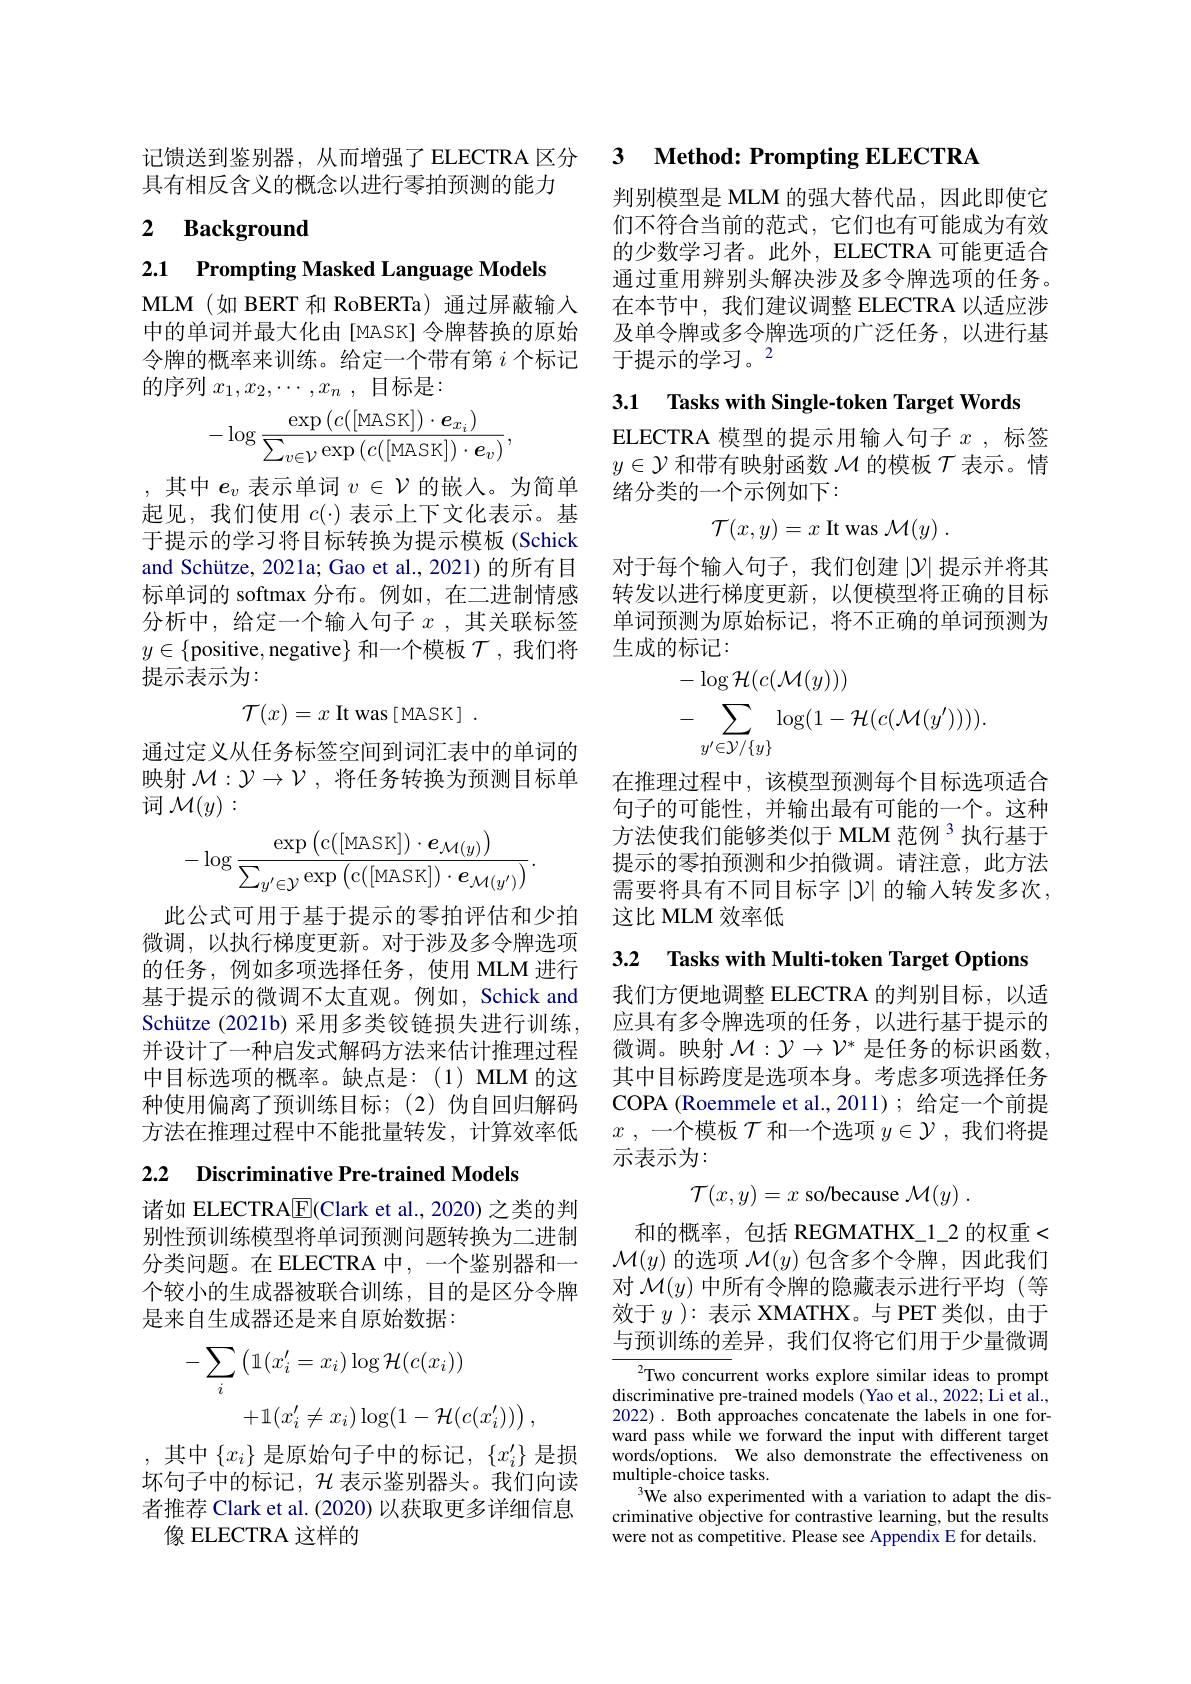
具有相反含义的概念以进行零拍预测的能力

## 2 $\textbf{Background}$

2.1 Prompting Masked Language Models

MLM(如 BERT 和 RoBERTa) 通过屏蔽输入中的单词并最大化由[MASK]令牌替换的原始令牌的概率来训练。给定一个带有第$i$个标记的序列$x_1,x_2,\cdots,x_n$ ,目标是：
$$-\log\frac{\exp\left(c([\text{MASK}])\cdot e_{x_i}\right)}{\sum_{v\in\mathcal{V}}\exp\left(c([\text{MASK}])\cdot e_v\right)},$$
,其中$e_v$表示单词$v\in\mathcal{V}$的嵌入。为简单起见，我们使用$c(\cdot)$表示上下文化表示。基于提示的学习将目标转换为提示模板(Schick and Schütze, 2021a; Gao et al., 2021) 的所有目标单词的 softmax 分布。例如，在二进制情感分析中，给定一个输入句子$x$ ,其关联标签$y\in\{$positive, negative$\}$和一个模板$\mathcal{T}$,我们将提示表示为：
$$\mathcal{T}(x)=x\text{It was}\left[\text{MASK}\right]\:.$$
通过定义从任务标签空间到词汇表中的单词的映射$\mathcal{M}:\mathcal{Y}\to\mathcal{V}$,将任务转换为预测目标单词$\mathcal{M}(y):$
$$-\log\frac{\exp\left(\mathrm{c}([\mathrm{MASK}])\cdot e_{\mathcal{M}(y)}\right)}{\sum_{y'\in\mathcal{Y}}\exp\left(\mathrm{c}([\mathrm{MASK}])\cdot e_{\mathcal{M}(y')}\right)}.$$
此公式可用于基于提示的零拍评估和少拍微调，以执行梯度更新。对于涉及多令牌选项的任务，例如多项选择任务，使用 MLM 进行基于提示的微调不太直观。例如，Schick and Schütze (2021b) 采用多类铰链损失进行训练， 并设计了一种启发式解码方法来估计推理过程中目标选项的概率。缺点是：(1)MLM 的这种使用偏离了预训练目标；(2)伪自回归解码方法在推理过程中不能批量转发，计算效率低

2.2 Discriminative Pre-trained Models

诸如 ELECTRA$\underline{\mathbb{E}}($Clark et al., 2020) 之类的判别性预训练模型将单词预测问题转换为二进制分类问题。在 ELECTRA 中，一个鉴别器和一个较小的生成器被联合训练，目的是区分令牌是来自生成器还是来自原始数据：
$$\begin{aligned}-\sum_{i}\left(\mathbb{1}(x_{i}^{\prime}=x_{i})\log\mathcal{H}(c(x_{i}))\right)\\&+\mathbb{1}(x_{i}^{\prime}\neq x_{i})\log(1-\mathcal{H}(c(x_{i}^{\prime})))\:,\end{aligned}$$
,其中$\{x_i\}$是原始句子中的标记，$\{x_i^\prime\}$是损坏句子中的标记，$\mathcal{H}$表示鉴别器头。我们向读者推荐 Clark et al. (2020) 以获取更多详细信息
像 ELECTRA 这样的

记馈送到鉴别器，从而增强了ELECTRA 区分 3 Method: Prompting ELECTRA

判别模型是 MLM 的强大替代品，因此即使它们不符合当前的范式，它们也有可能成为有效的少数学习者。此外，ELECTRA 可能更适合通过重用辨别头解决涉及多令牌选项的任务。在本节中，我们建议调整 ELECTRA 以适应涉及单令牌或多令牌选项的广泛任务，以进行基于提示的学习。2

3.1 Tasks with Single-token Target Words

ELECTRA 模型的提示用输入句子$x$ ,标签$y\in\mathcal{Y}$和带有映射函数$\mathcal{M}$的模板$\mathcal{T}$表示。情绪分类的一个示例如下：
$$\mathcal{T}(x,y)=x\:\text{It was}\:\mathcal{M}(y)\:.$$
对于每个输入句子，我们创建$|\mathcal{Y}|$提示并将其转发以进行梯度更新，以便模型将正确的目标单词预测为原始标记，将不正确的单词预测为生成的标记：
$$\begin{aligned}&-\log\mathcal{H}(c(\mathcal{M}(y)))\\&-\sum_{y'\in\mathcal{Y}/\{y\}}\log(1-\mathcal{H}(c(\mathcal{M}(y')))).\end{aligned}$$
在推理过程中，该模型预测每个目标选项适合句子的可能性，并输出最有可能的一个。这种方法使我们能够类似于 MLM 范例 3 执行基于提示的零拍预测和少拍微调。请注意，此方法需要将具有不同目标字$\left|\mathcal{Y}\right|$的输入转发多次， 这比 MLM 效率低

3.2 Tasks with Multi-token Target Options

我们方便地调整 ELECTRA 的判别目标，以适应具有多令牌选项的任务，以进行基于提示的微调。映射$\mathcal{M}:\mathcal{Y}\to\mathcal{V}^*$是任务的标识函数， 其中目标跨度是选项本身。考虑多项选择任务COPA (Roemmele et al.,2011); 给定一个前提$x$ , 一个模板$\mathcal{T}$和一个选项$y\in\mathcal{Y}$ ,我们将提示表示为：
$$\mathcal{T}(x,y)=x\text{so/because}\:\mathcal{M}(y)\:.$$
和的概率，包括 REGMATHX\_1\_2 的权重< $\mathcal{M}(y)$的选项$\mathcal{M}(y)$包含多个令牌，因此我们对$\mathcal{M}(y)$中所有令牌的隐藏表示进行平均 (等效于$y$ ): 表示 XMATHX。与 PET 类似，由于与预训练的差异，我们仅将它们用于少量微调

$^{2}$Two concurrent works explore similar ideas to prompt discriminative pre-trained models (Yao et al., 2022; Li et al., 2022). Both approaches concatenate the labels in one forward pass while we forward the input with different target words/options. We also demonstrate the effectiveness on multiple-choice tasks.
$^{3}$We also experimented with a variation to adapt the discriminative objective for contrastive learning, but the results were not as competitive. Please see Appendix E for details.